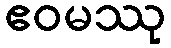
ဧဝမဿု